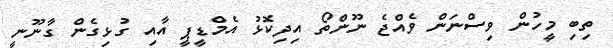
ތިބި މީހުން ވިސްނަން ވެއްޖެ ނޫންތޯ އިދިކޮޅު އެމްޑީޕީ އާއި ގުޅިގެން ގާނޫނީ